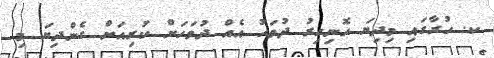
ކ. ހުރާގައި މިދިޔަ ހޮނިހިރު ދުވަހު އެއް ދުވަހަށް ކުރިއަށް ގެންދިޔަ މި